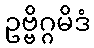
ဥဗ္ဗိဂ္ဂမိဒံ